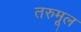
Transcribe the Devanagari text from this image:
तरुमूल